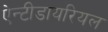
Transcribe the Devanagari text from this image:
ऐन्टीडायरियल